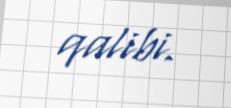
qalibi.